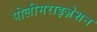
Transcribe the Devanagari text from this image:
पोलीमराइज़ेशन